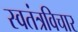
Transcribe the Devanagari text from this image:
स्वतंत्रविचार